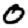
Digit: 0